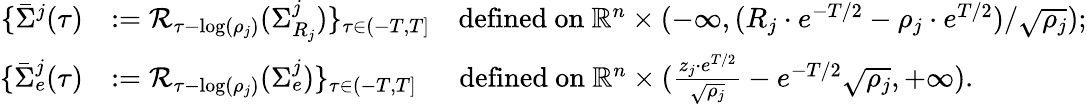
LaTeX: \begin{array}{rl}{\{ \bar{\Sigma}^{j}(\tau)}&{:=\mathcal{R}_{\tau-\log(\rho_{j})}(\Sigma_{R_{j}}^{j})\} _{\tau\in(-T,T]}\ \ \ \mathrm{~defined~on~}\mathbb{R}^{n}\times(-\infty,(R_{j}\cdot e^{-T/2}-\rho_{j}\cdot e^{T/2})/\sqrt{\rho_{j}});}\\ {\{ \bar{\Sigma}_{e}^{j}(\tau)}&{:=\mathcal{R}_{\tau-\log(\rho_{j})}(\Sigma_{e}^{j})\} _{\tau\in(-T,T]}\ \ \ \ \ \mathrm{~defined~on~}\mathbb{R}^{n}\times(\frac{z_{j}\cdot e^{T/2}}{\sqrt{\rho_{j}}}-e^{-T/2}\sqrt{\rho_{j}},+\infty).}\end{array}